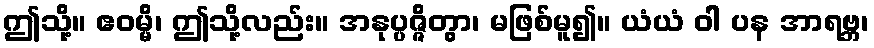
ဤသို့။ ဧဝမ္မိ၊ ဤသို့လည်း။ အနုပ္ပဇ္ဇိတွာ၊ မဖြစ်မူ၍။ ယံယံ ဝါ ပန အာရဗ္ဘ၊